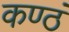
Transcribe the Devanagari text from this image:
कण्ठं